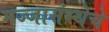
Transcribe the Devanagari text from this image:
मज्जासंस्थेचे